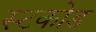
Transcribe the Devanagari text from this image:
स्टकोड